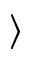
\rangle